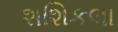
શશિકલા